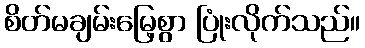
စိတ်မချမ်းမြေ့စွာ ပြုံးလိုက်သည်။